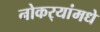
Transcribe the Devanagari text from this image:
नोकर्‍यांमधे